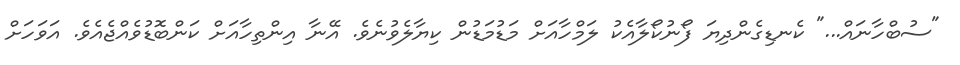
"ސުބްހާނައް..." ކެނޑިގެންދިޔަ ފޯނުކޯލާއެކު ލަމްހާއަށް މަޑުމަޑުން ކިޔާލެވުނެވެ. އޭނާ އިންތިހާއަށް ކަންބޮޑުވެއްޖެއެވެ. އަވަހަށް